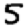
Digit: 5